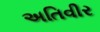
અતિવીર